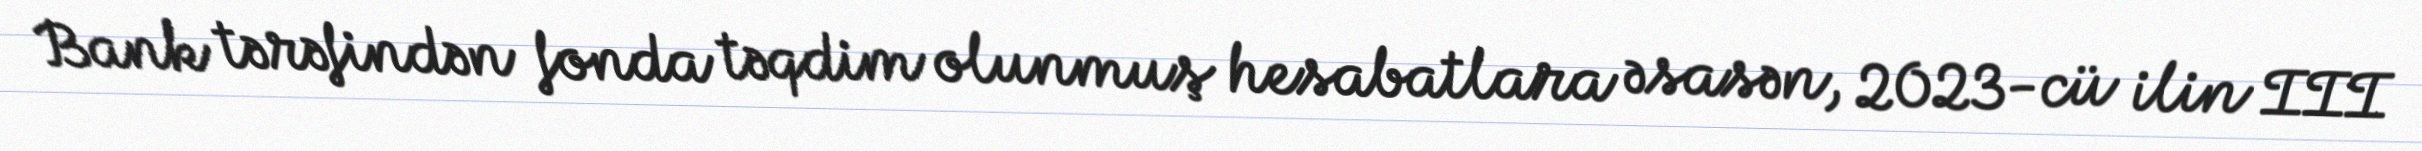
Bank tərəfindən fonda təqdim olunmuş hesabatlara əsasən, 2023-cü ilin III